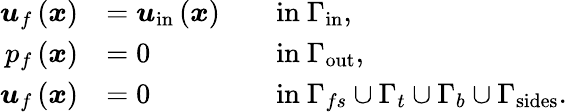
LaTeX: \begin{array}{rlrl}{\boldsymbol{u}_{f}\left(\boldsymbol{x}\right)}&{=\boldsymbol{u}_{\mathrm{in}}\left(\boldsymbol{x}\right)}&&{\mathrm{in~}\Gamma_{\mathrm{in}},}\\ {p_{f}\left(\boldsymbol{x}\right)}&{=0}&&{\mathrm{in~}\Gamma_{\mathrm{out}},}\\ {\boldsymbol{u}_{f}\left(\boldsymbol{x}\right)}&{=0}&&{\mathrm{in~}\Gamma_{fs}\cup\Gamma_{t}\cup\Gamma_{b}\cup\Gamma_{\mathrm{sides}}.}\end{array}